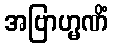
အဗြာဟ္မဏိံ